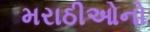
મરાઠીઓનો